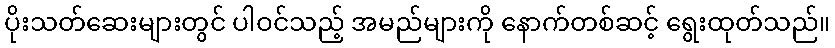
ပိုးသတ်ဆေးများတွင် ပါဝင်သည့် အမည်များကို နောက်တစ်ဆင့် ရွေးထုတ်သည်။